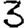
Digit: 3